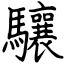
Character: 驤